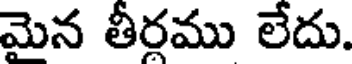
మెన తీరము లేదు.